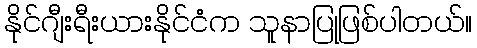
နိုင်ဂျီးရီးယားနိုင်ငံက သူနာပြုဖြစ်ပါတယ်။